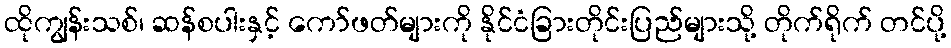
ထိုကျွန်းသစ်၊ ဆန်စပါးနှင့် ကော်ဖတ်များကို နိုင်ငံခြားတိုင်းပြည်များသို့ တိုက်ရိုက် တင်ပို့